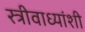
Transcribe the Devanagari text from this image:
स्त्रीवाध्यांशी